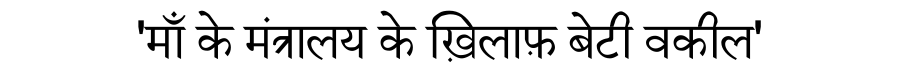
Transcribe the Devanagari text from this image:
'माँ के मंत्रालय के ख़िलाफ़ बेटी वकील'